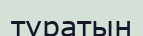
түратын